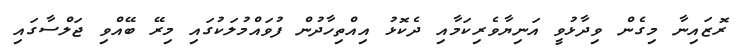
ރޮޒައިނާ މިގެން ވިދާޅުވީ އަނިޔާވެރިކަމާއި ދެކޮޅު އިއްތިހާދުން ފުވައްމުލަކުގައި މިރޭ ބޭއްވި ޖަލްސާގައި